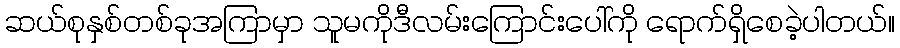
ဆယ်စုနှစ်တစ်ခုအကြာမှာ သူမကိုဒီလမ်းကြောင်းပေါ်ကို ရောက်ရှိစေခဲ့ပါတယ်။